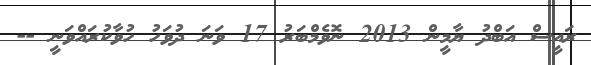
ރައީސް އަބްދު ޔާމީން 2013 ނޮވެމްބަރު 17 ވަނަ ދުވަހު ހުވާކުރައްވަނީ --